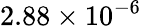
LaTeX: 2.88\times 10^{-6}